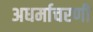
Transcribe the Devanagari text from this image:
अधर्माचरणी